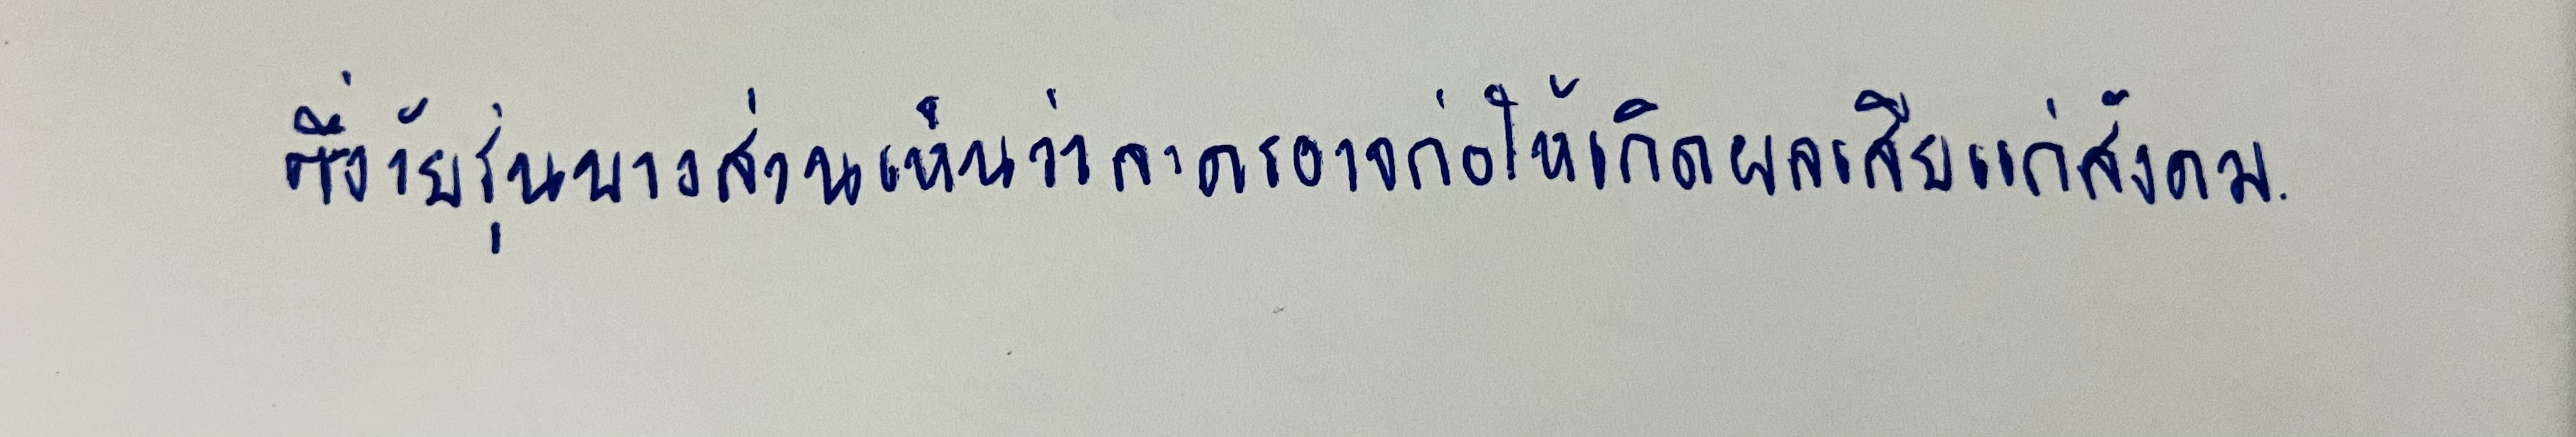
ซึ่งวัยรุ่นบางส่วนเห็นว่าละครอาจก่อให้เกิดผลเสียแก่สังคม